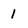
Character: 1